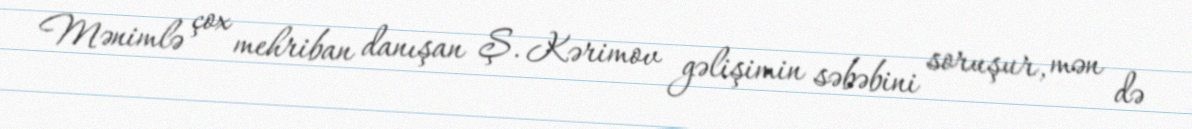
Mənimlə çox mehriban danışan Ş. Kərimov gəlişimin səbəbini soruşur, mən də